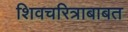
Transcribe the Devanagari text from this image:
शिवचरित्राबाबत